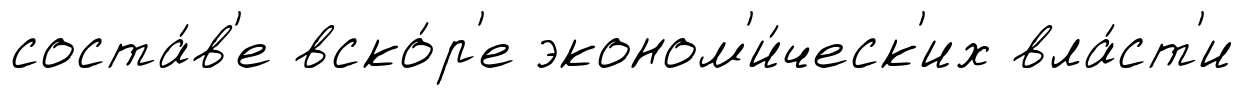
соста́в'е вско́р'е эконом'и́ческ'их вла́ст'и